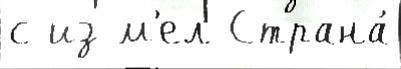
с из м'ел Страна́